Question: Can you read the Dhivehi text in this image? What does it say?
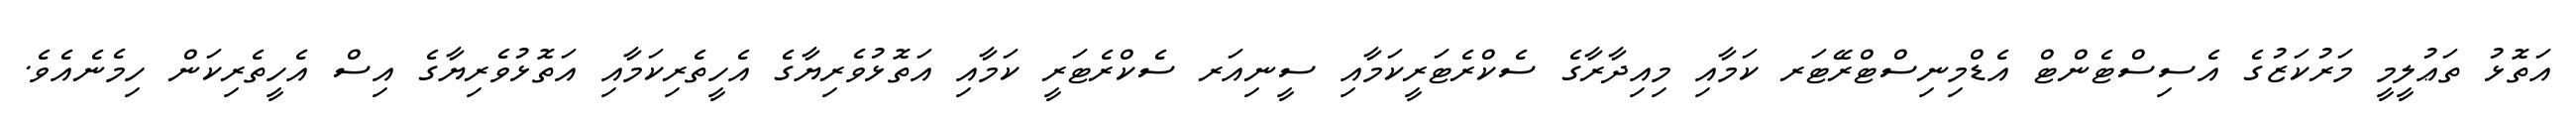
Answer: އަތޮޅު ތަޢުލީމީ މަރުކަޒުގެ އެސިސްޓެންޓް އެޑްމިނިސްޓްރޭޓަރ ކަމާއި މިއިދާރާގެ ސެކްރެޓަރީކަމާއި ސީނިއަރ ސެކްރެޓަރީ ކަމާއި އަތޮޅުވެރިޔާގެ އެހީތެރިކަމާއި އަތޮޅުވެރިޔާގެ އިސް އެހީތެރިކަން ހިމެނެއެވެ.